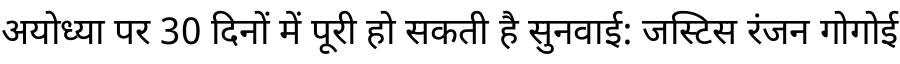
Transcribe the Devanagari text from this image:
अयोध्या पर 30 दिनों में पूरी हो सकती है सुनवाई: जस्टिस रंजन गोगोई